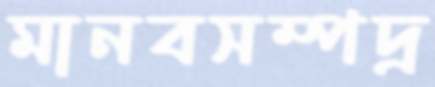
মানবসম্পদ্র